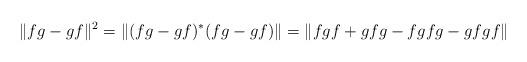
LaTeX: \begin{align*}\|fg - gf\|^2 = \|(fg-gf)^*(fg-gf)\| = \| fgf + gfg - fgfg - gfgf \|\end{align*}